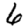
Digit: 6